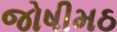
જોષીમઠ